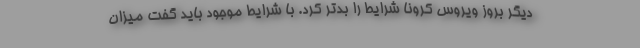
دیگر بروز ویروس کرونا شرایط را بدتر کرد. با شرایط موجود باید گفت میزان